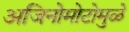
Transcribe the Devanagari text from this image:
अजिनोमोटोमुळे